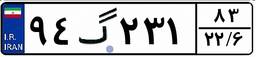
۹۴گ۲۳۱۸۳